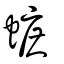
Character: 蟅